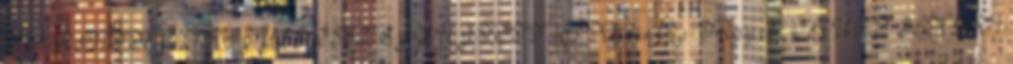
KARINTHY FRIGYES ÖSSZEGYŰJTÖTT 163 Karinthy Frigyes: ŐRÜLT SIKER 1